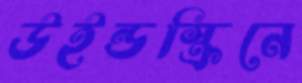
উইন্ডস্ক্রিনে